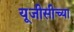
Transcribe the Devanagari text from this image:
यूजीसीच्या